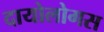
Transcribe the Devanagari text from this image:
दायोलोगस